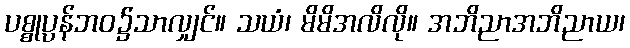
ပစ္စုပ္ပန်ဘဝ၌သာလျှင်။ သယံ၊ မိမိအလိလို။ အဘိညာအဘိညာယ၊